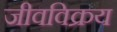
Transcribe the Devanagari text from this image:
जीवविक्रय